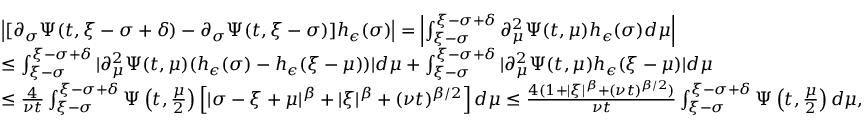
\begin{array} { r l } & { \left| [ \partial _ { \sigma } \Psi ( t , \xi - \sigma + \delta ) - \partial _ { \sigma } \Psi ( t , \xi - \sigma ) ] h _ { \epsilon } ( \sigma ) \right| = \left| \int _ { \xi - \sigma } ^ { \xi - \sigma + \delta } \partial _ { \mu } ^ { 2 } \Psi ( t , \mu ) h _ { \epsilon } ( \sigma ) d \mu \right| } \\ & { \leq \int _ { \xi - \sigma } ^ { \xi - \sigma + \delta } | \partial _ { \mu } ^ { 2 } \Psi ( t , \mu ) ( h _ { \epsilon } ( \sigma ) - h _ { \epsilon } ( \xi - \mu ) ) | d \mu + \int _ { \xi - \sigma } ^ { \xi - \sigma + \delta } | \partial _ { \mu } ^ { 2 } \Psi ( t , \mu ) h _ { \epsilon } ( \xi - \mu ) | d \mu } \\ & { \leq \frac { 4 } { \nu t } \int _ { \xi - \sigma } ^ { \xi - \sigma + \delta } \Psi \left( t , \frac { \mu } { 2 } \right) \left[ | \sigma - \xi + \mu | ^ { \beta } + | \xi | ^ { \beta } + ( \nu t ) ^ { \beta / 2 } \right] d \mu \leq \frac { 4 ( 1 + | \xi | ^ { \beta } + ( \nu t ) ^ { \beta / 2 } ) } { \nu t } \int _ { \xi - \sigma } ^ { \xi - \sigma + \delta } \Psi \left( t , \frac { \mu } { 2 } \right) d \mu , } \end{array}